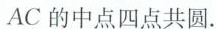
AC的中点四点共圆。